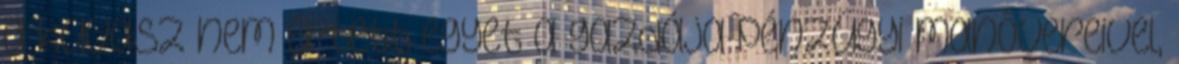
a kuvasz nem értett egyet a gazdája pénzügyi manõvereivel,